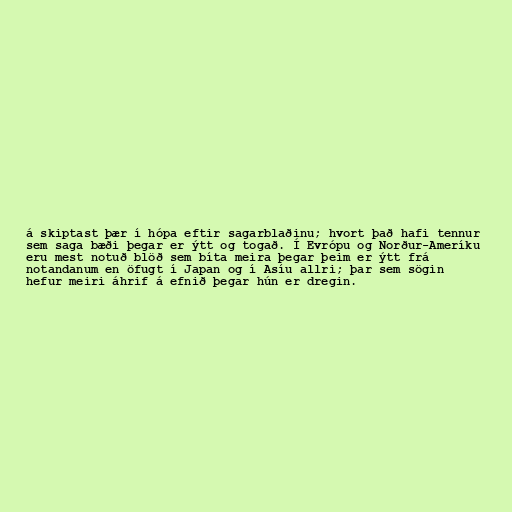
á skiptast þær í hópa eftir sagarblaðinu; hvort það hafi tennur
sem saga bæði þegar er ýtt og togað. Í Evrópu og Norður-Ameríku
eru mest notuð blöð sem bíta meira þegar þeim er ýtt frá
notandanum en öfugt í Japan og í Asíu allri; þar sem sögin
hefur meiri áhrif á efnið þegar hún er dregin.